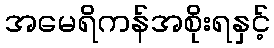
အမေရိကန်အစိုးရနှင့်